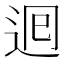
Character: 𮞉